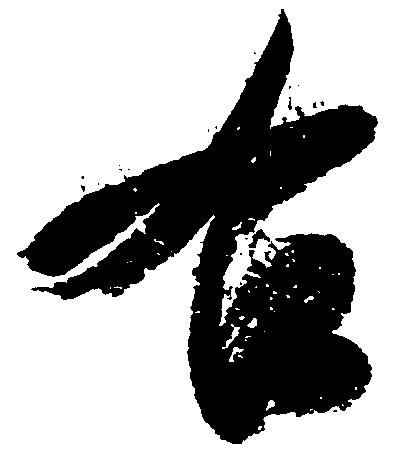
右